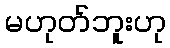
မဟုတ်ဘူးဟု